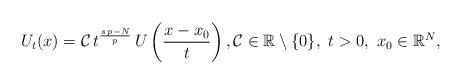
LaTeX: \begin{align*}U_{t}(x)={\mathcal C}\,t^\frac{s\,p-N}{p}\,U\left(\frac{x-x_0}{t}\right),{\mathcal C}\in\mathbb{R}\setminus\{0\},\ t>0,\ x_0\in\mathbb{R}^N,\end{align*}